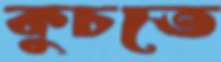
কুচতে